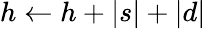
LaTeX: h\leftarrow h+\vert s\vert+\vert d\vert